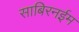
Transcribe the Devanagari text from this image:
साबिरनईम